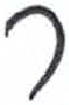
אות: ר